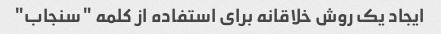
ایجاد یک روش خلاقانه برای استفاده از کلمه "سنجاب"